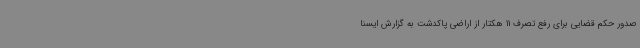
صدور حکم قضایی برای رفع تصرف 11 هکتار از اراضی پاکدشت به گزارش ایسنا